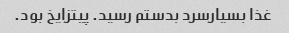
غذا بسیارسرد بدستم رسید. پیتزایخ بود.